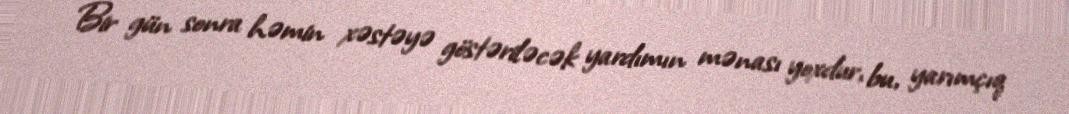
Bir gün sonra həmin xəstəyə göstəriləcək yardımın mənası yoxdur, bu, yarımçıq